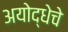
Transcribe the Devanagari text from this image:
अयोद्धेचे